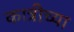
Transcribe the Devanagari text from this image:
कात्रीच्या